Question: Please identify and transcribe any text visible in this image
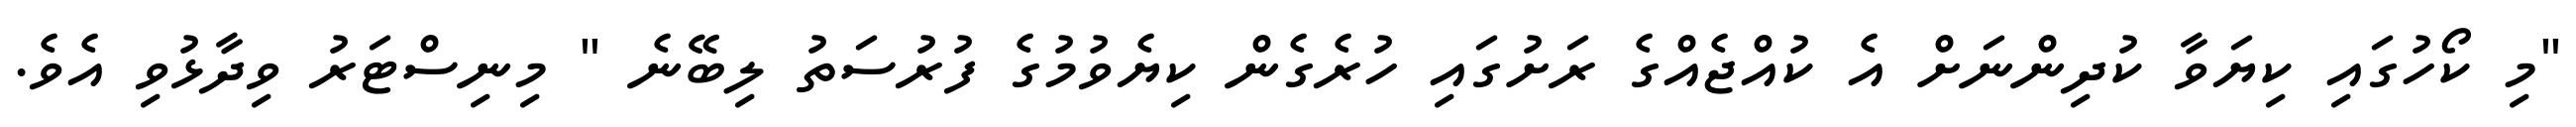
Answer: "މި ކޯހުގައި ކިޔަވާ ކުދިންނަށް އެ ކުއްޖެއްގެ ރަށުގައި ހުރެގެން ކިޔެވުމުގެ ފުރުސަތު ލިބޭނެ " މިނިސްޓަރު ވިދާޅުވި އެވެ.